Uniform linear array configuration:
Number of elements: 4
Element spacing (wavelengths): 1
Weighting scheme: hann
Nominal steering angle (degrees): -30
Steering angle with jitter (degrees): -30.704
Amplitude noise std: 0.05
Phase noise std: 0.05

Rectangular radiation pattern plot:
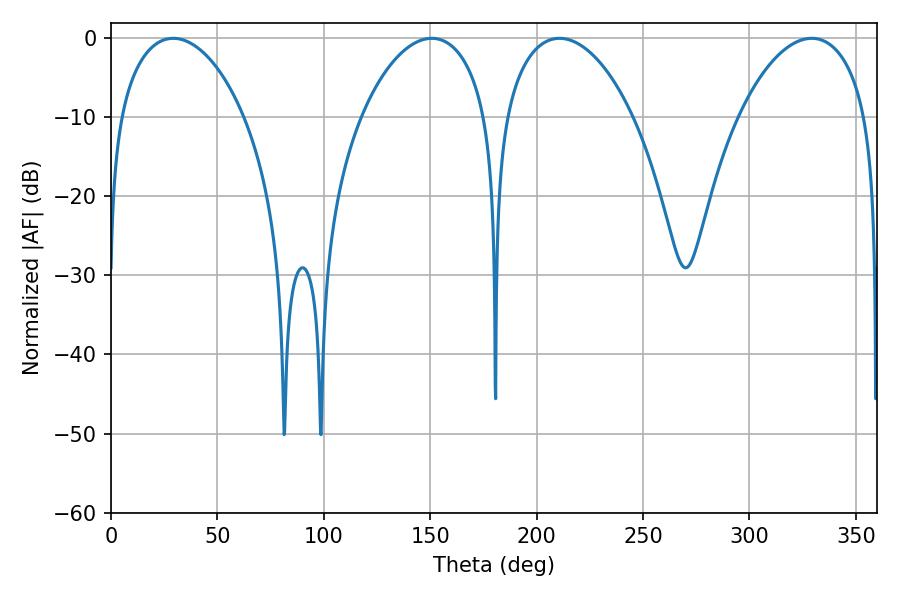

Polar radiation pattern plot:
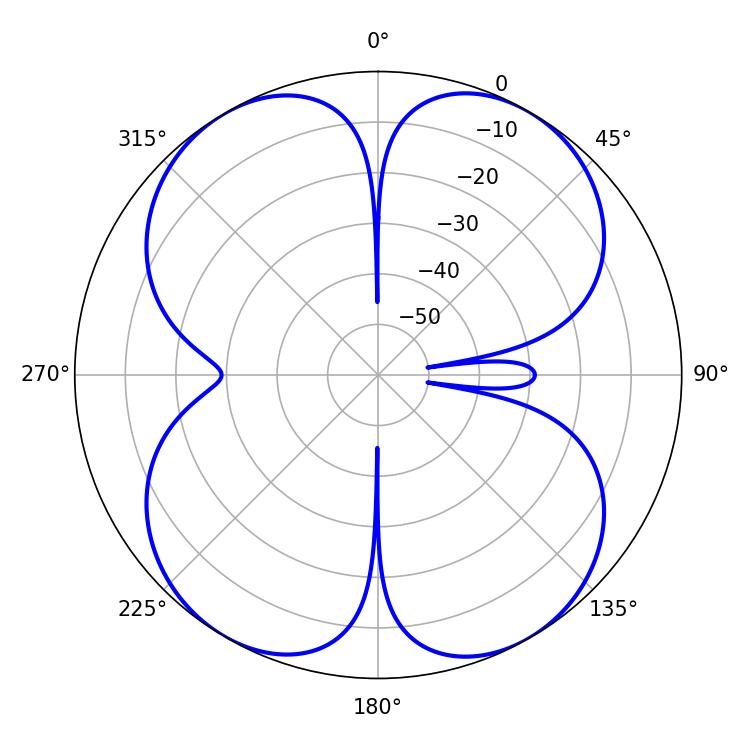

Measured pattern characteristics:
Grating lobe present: TRUE
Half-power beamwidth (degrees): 34.2
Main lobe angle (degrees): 210.78